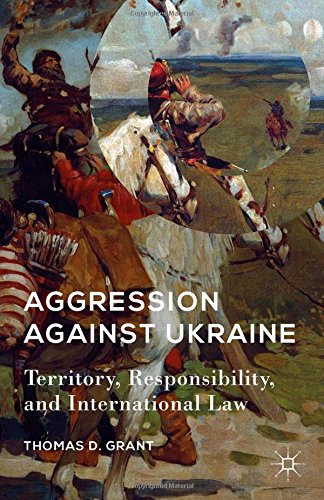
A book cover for Aggression against Ukraine: Territory, Responsibility, and International Law (American Foreign Policy in the 21st Century); Thomas D. Grant; Law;